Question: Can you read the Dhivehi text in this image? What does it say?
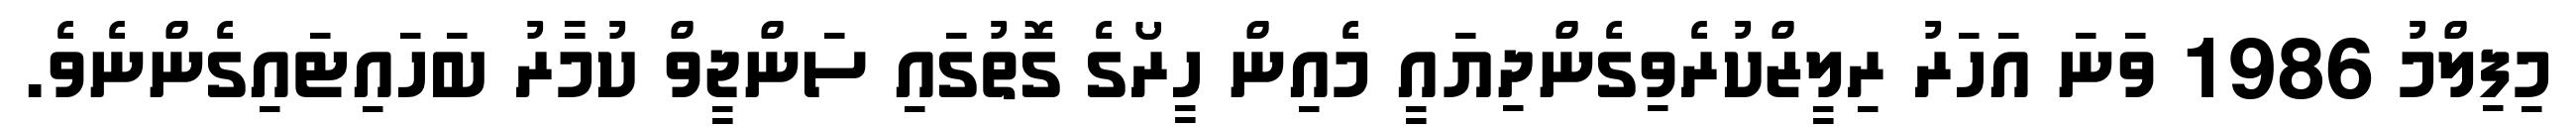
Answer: މިފިލްމު 1986 ވަނަ އަހަރު ރިލީޒްކުރެވިގެންދިޔައީ މެއިން ހީރޯގެ ގޮތުގައި ސަންޖީވް ކުމާރު ބަހައިޓައިގެންނެވެ.